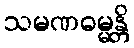
သမဏဓမ္မန္တိ